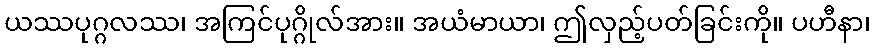
ယဿပုဂ္ဂလဿ၊ အကြင်ပုဂ္ဂိုလ်အား။ အယံမာယာ၊ ဤလှည့်ပတ်ခြင်းကို။ ပဟီနာ၊